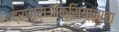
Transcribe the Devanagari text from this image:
ट्रान्सऑक्सियानाचा